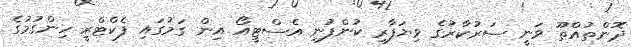
ދޮންތުއްތޫ ވަނީ ސަރުކާރުގެ ވިޔަފާރި ކުންފުނި އެސްޓީއޯ އިން ގަމުގައި ފެކްޓްރީ ހިންގުުމުގެ